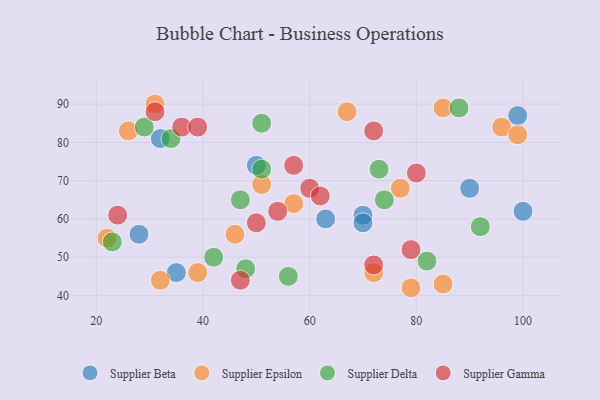
{"axis": {"x": "GDP", "y": "Life Expectancy"}, "legend": ["Supplier Beta", "Supplier Delta", "Supplier Epsilon", "Supplier Gamma"], "data": [{"x": "32", "y": 81, "type": "Supplier Beta"}, {"x": "70", "y": 61, "type": "Supplier Beta"}, {"x": "99", "y": 87, "type": "Supplier Beta"}, {"x": "63", "y": 60, "type": "Supplier Beta"}, {"x": "90", "y": 68, "type": "Supplier Beta"}, {"x": "70", "y": 59, "type": "Supplier Beta"}, {"x": "100", "y": 62, "type": "Supplier Beta"}, {"x": "35", "y": 46, "type": "Supplier Beta"}, {"x": "50", "y": 74, "type": "Supplier Beta"}, {"x": "28", "y": 56, "type": "Supplier Beta"}, {"x": "96", "y": 84, "type": "Supplier Epsilon"}, {"x": "51", "y": 69, "type": "Supplier Epsilon"}, {"x": "85", "y": 89, "type": "Supplier Epsilon"}, {"x": "26", "y": 83, "type": "Supplier Epsilon"}, {"x": "79", "y": 42, "type": "Supplier Epsilon"}, {"x": "57", "y": 64, "type": "Supplier Epsilon"}, {"x": "39", "y": 46, "type": "Supplier Epsilon"}, {"x": "72", "y": 46, "type": "Supplier Epsilon"}, {"x": "32", "y": 44, "type": "Supplier Epsilon"}, {"x": "31", "y": 90, "type": "Supplier Epsilon"}, {"x": "22", "y": 55, "type": "Supplier Epsilon"}, {"x": "99", "y": 82, "type": "Supplier Epsilon"}, {"x": "85", "y": 43, "type": "Supplier Epsilon"}, {"x": "67", "y": 88, "type": "Supplier Epsilon"}, {"x": "46", "y": 56, "type": "Supplier Epsilon"}, {"x": "77", "y": 68, "type": "Supplier Epsilon"}, {"x": "92", "y": 58, "type": "Supplier Delta"}, {"x": "29", "y": 84, "type": "Supplier Delta"}, {"x": "47", "y": 65, "type": "Supplier Delta"}, {"x": "42", "y": 50, "type": "Supplier Delta"}, {"x": "74", "y": 65, "type": "Supplier Delta"}, {"x": "48", "y": 47, "type": "Supplier Delta"}, {"x": "82", "y": 49, "type": "Supplier Delta"}, {"x": "34", "y": 81, "type": "Supplier Delta"}, {"x": "88", "y": 89, "type": "Supplier Delta"}, {"x": "51", "y": 73, "type": "Supplier Delta"}, {"x": "51", "y": 85, "type": "Supplier Delta"}, {"x": "56", "y": 45, "type": "Supplier Delta"}, {"x": "73", "y": 73, "type": "Supplier Delta"}, {"x": "23", "y": 54, "type": "Supplier Delta"}, {"x": "60", "y": 68, "type": "Supplier Gamma"}, {"x": "57", "y": 74, "type": "Supplier Gamma"}, {"x": "24", "y": 61, "type": "Supplier Gamma"}, {"x": "47", "y": 44, "type": "Supplier Gamma"}, {"x": "72", "y": 48, "type": "Supplier Gamma"}, {"x": "31", "y": 88, "type": "Supplier Gamma"}, {"x": "62", "y": 66, "type": "Supplier Gamma"}, {"x": "36", "y": 84, "type": "Supplier Gamma"}, {"x": "79", "y": 52, "type": "Supplier Gamma"}, {"x": "80", "y": 72, "type": "Supplier Gamma"}, {"x": "54", "y": 62, "type": "Supplier Gamma"}, {"x": "72", "y": 83, "type": "Supplier Gamma"}, {"x": "50", "y": 59, "type": "Supplier Gamma"}, {"x": "39", "y": 84, "type": "Supplier Gamma"}]}